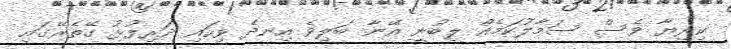
ކިރިޔާ ވެސް ސަމާލުކަމެއް ލިބުނީ އޭނާ ބަލިވެ އިނދެ ވިހައި ދަރިފުޅު ގޭތެރޭގައި